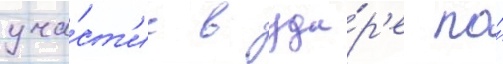
уча́ст'ие в уда́р'е по́